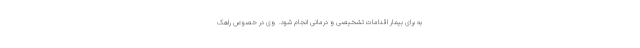
به برای بیمار اقدامات تشخیصی و درمانی انجام شود.  وی در خصوص راهک